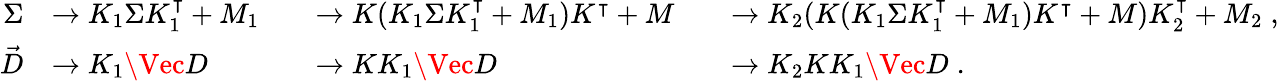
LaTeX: \begin{array}{rlrlrl}{\Sigma}&{\rightarrow K_{1}\Sigma K_{1}^{\intercal}+M_{1}}&&{\rightarrow K(K_{1}\Sigma K_{1}^{\intercal}+M_{1})K^{\intercal}+M}&&{\rightarrow K_{2}(K(K_{1}\Sigma K_{1}^{\intercal}+M_{1})K^{\intercal}+M)K_{2}^{\intercal}+M_{2}\; ,}\\ {\vec{D}}&{\rightarrow K_{1}\Vec{D}}&&{\rightarrow KK_{1}\Vec{D}}&&{\rightarrow K_{2}KK_{1}\Vec{D}\; .}\end{array}